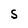
Character: 5